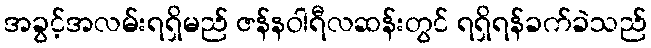
အခွင့်အလမ်းရရှိမည် ဇန်နဝါရီလဆန်းတွင် ရရှိရန်ခက်ခဲသည်